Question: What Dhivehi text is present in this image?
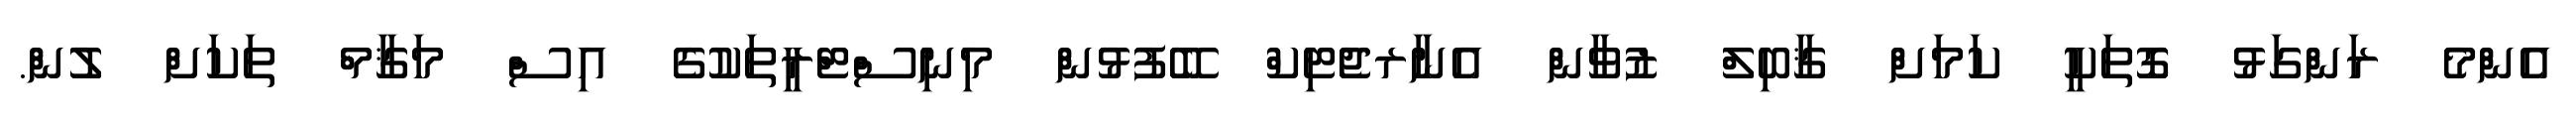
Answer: އެންމެ ރަންގަޅު ގޮތަކީ ކަމަށް ޤާބިލް ޒުވާން އެނާރޖެޓިކް ބޭފުޅުން މިނިސްޓްރީތަކުގެ އިސް މަޤާމް ތަކަށް ލުން.